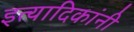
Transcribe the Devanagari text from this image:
इत्यादिकांनी